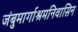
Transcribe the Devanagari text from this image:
जंबुमार्गाश्रमनिवासिन